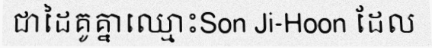
ជាដៃគូគ្នាឈ្មោះSon Ji-Hoon ដែល